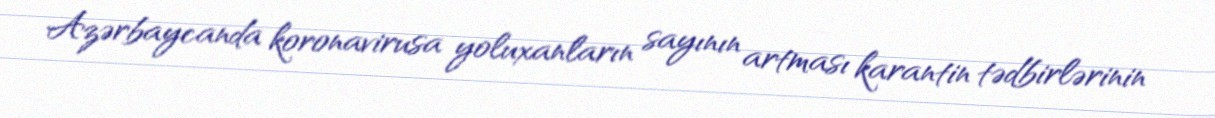
Azərbaycanda koronavirusa yoluxanların sayının artması karantin tədbirlərinin